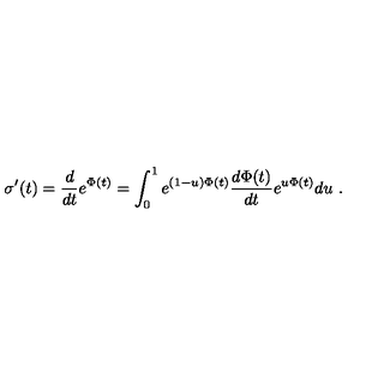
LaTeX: \sigma ^ { \prime } ( t ) = { \frac { d } { d t } } e ^ { \Phi ( t ) } = \int _ { 0 } ^ { 1 } e ^ { ( 1 - u ) \Phi ( t ) } { \frac { d \Phi ( t ) } { d t } } e ^ { u \Phi ( t ) } d u \ .